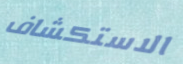
الاستكشاف